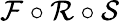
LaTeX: \mathcal{F}\circ\mathcal{R}\circ\mathcal{S}